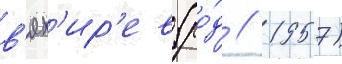
в'ях'ир'ев (ро́д // 1957)